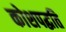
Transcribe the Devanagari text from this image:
कोशपद्धति